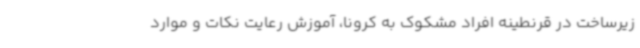
زیرساخت در قرنطینه افراد مشکوک به کرونا، آموزش رعایت نکات و موارد